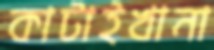
কাটাইখানা